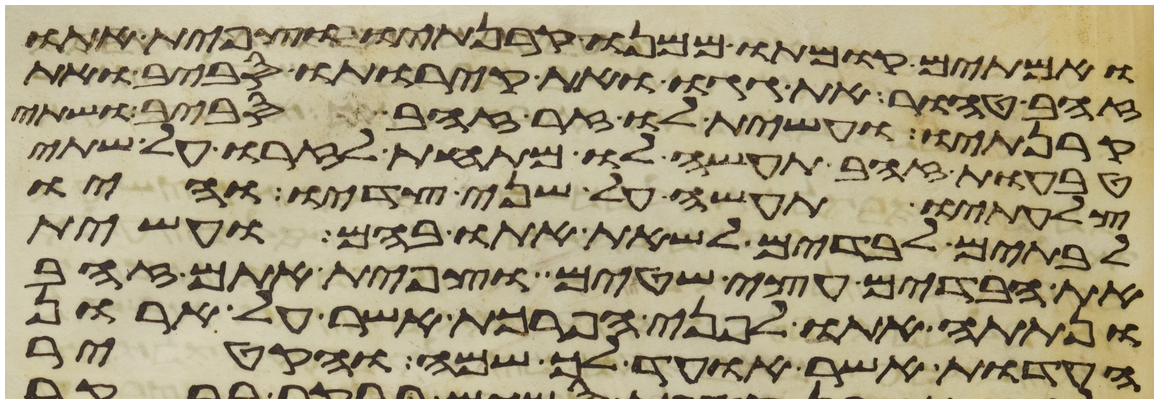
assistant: ואמתים קומתו ממנו קרנתיו וצפית אתו
זהב טהור את גגו ואת קירתיו סביב ואת
קרנתיו ועשית לו זר זהב סביב ושתי
טבעות זהב תעשה לו מתחת לזרו על שתי
צלעתיו תעשה על שני צדיו והיו
לבתים לבדים לשאת אתו בהם ועשית
את הבדים עצי שטים וצפית אתם זהב
ונתתה אתו לפני הפרכת אשר על ארון
העדות אשר אועד לך שמה והקטיר